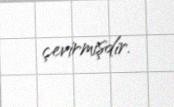
çevirmişdir.